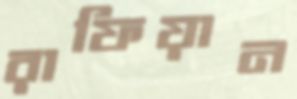
রাফিয়ান